Rongu_vallavalitsus, lk 10
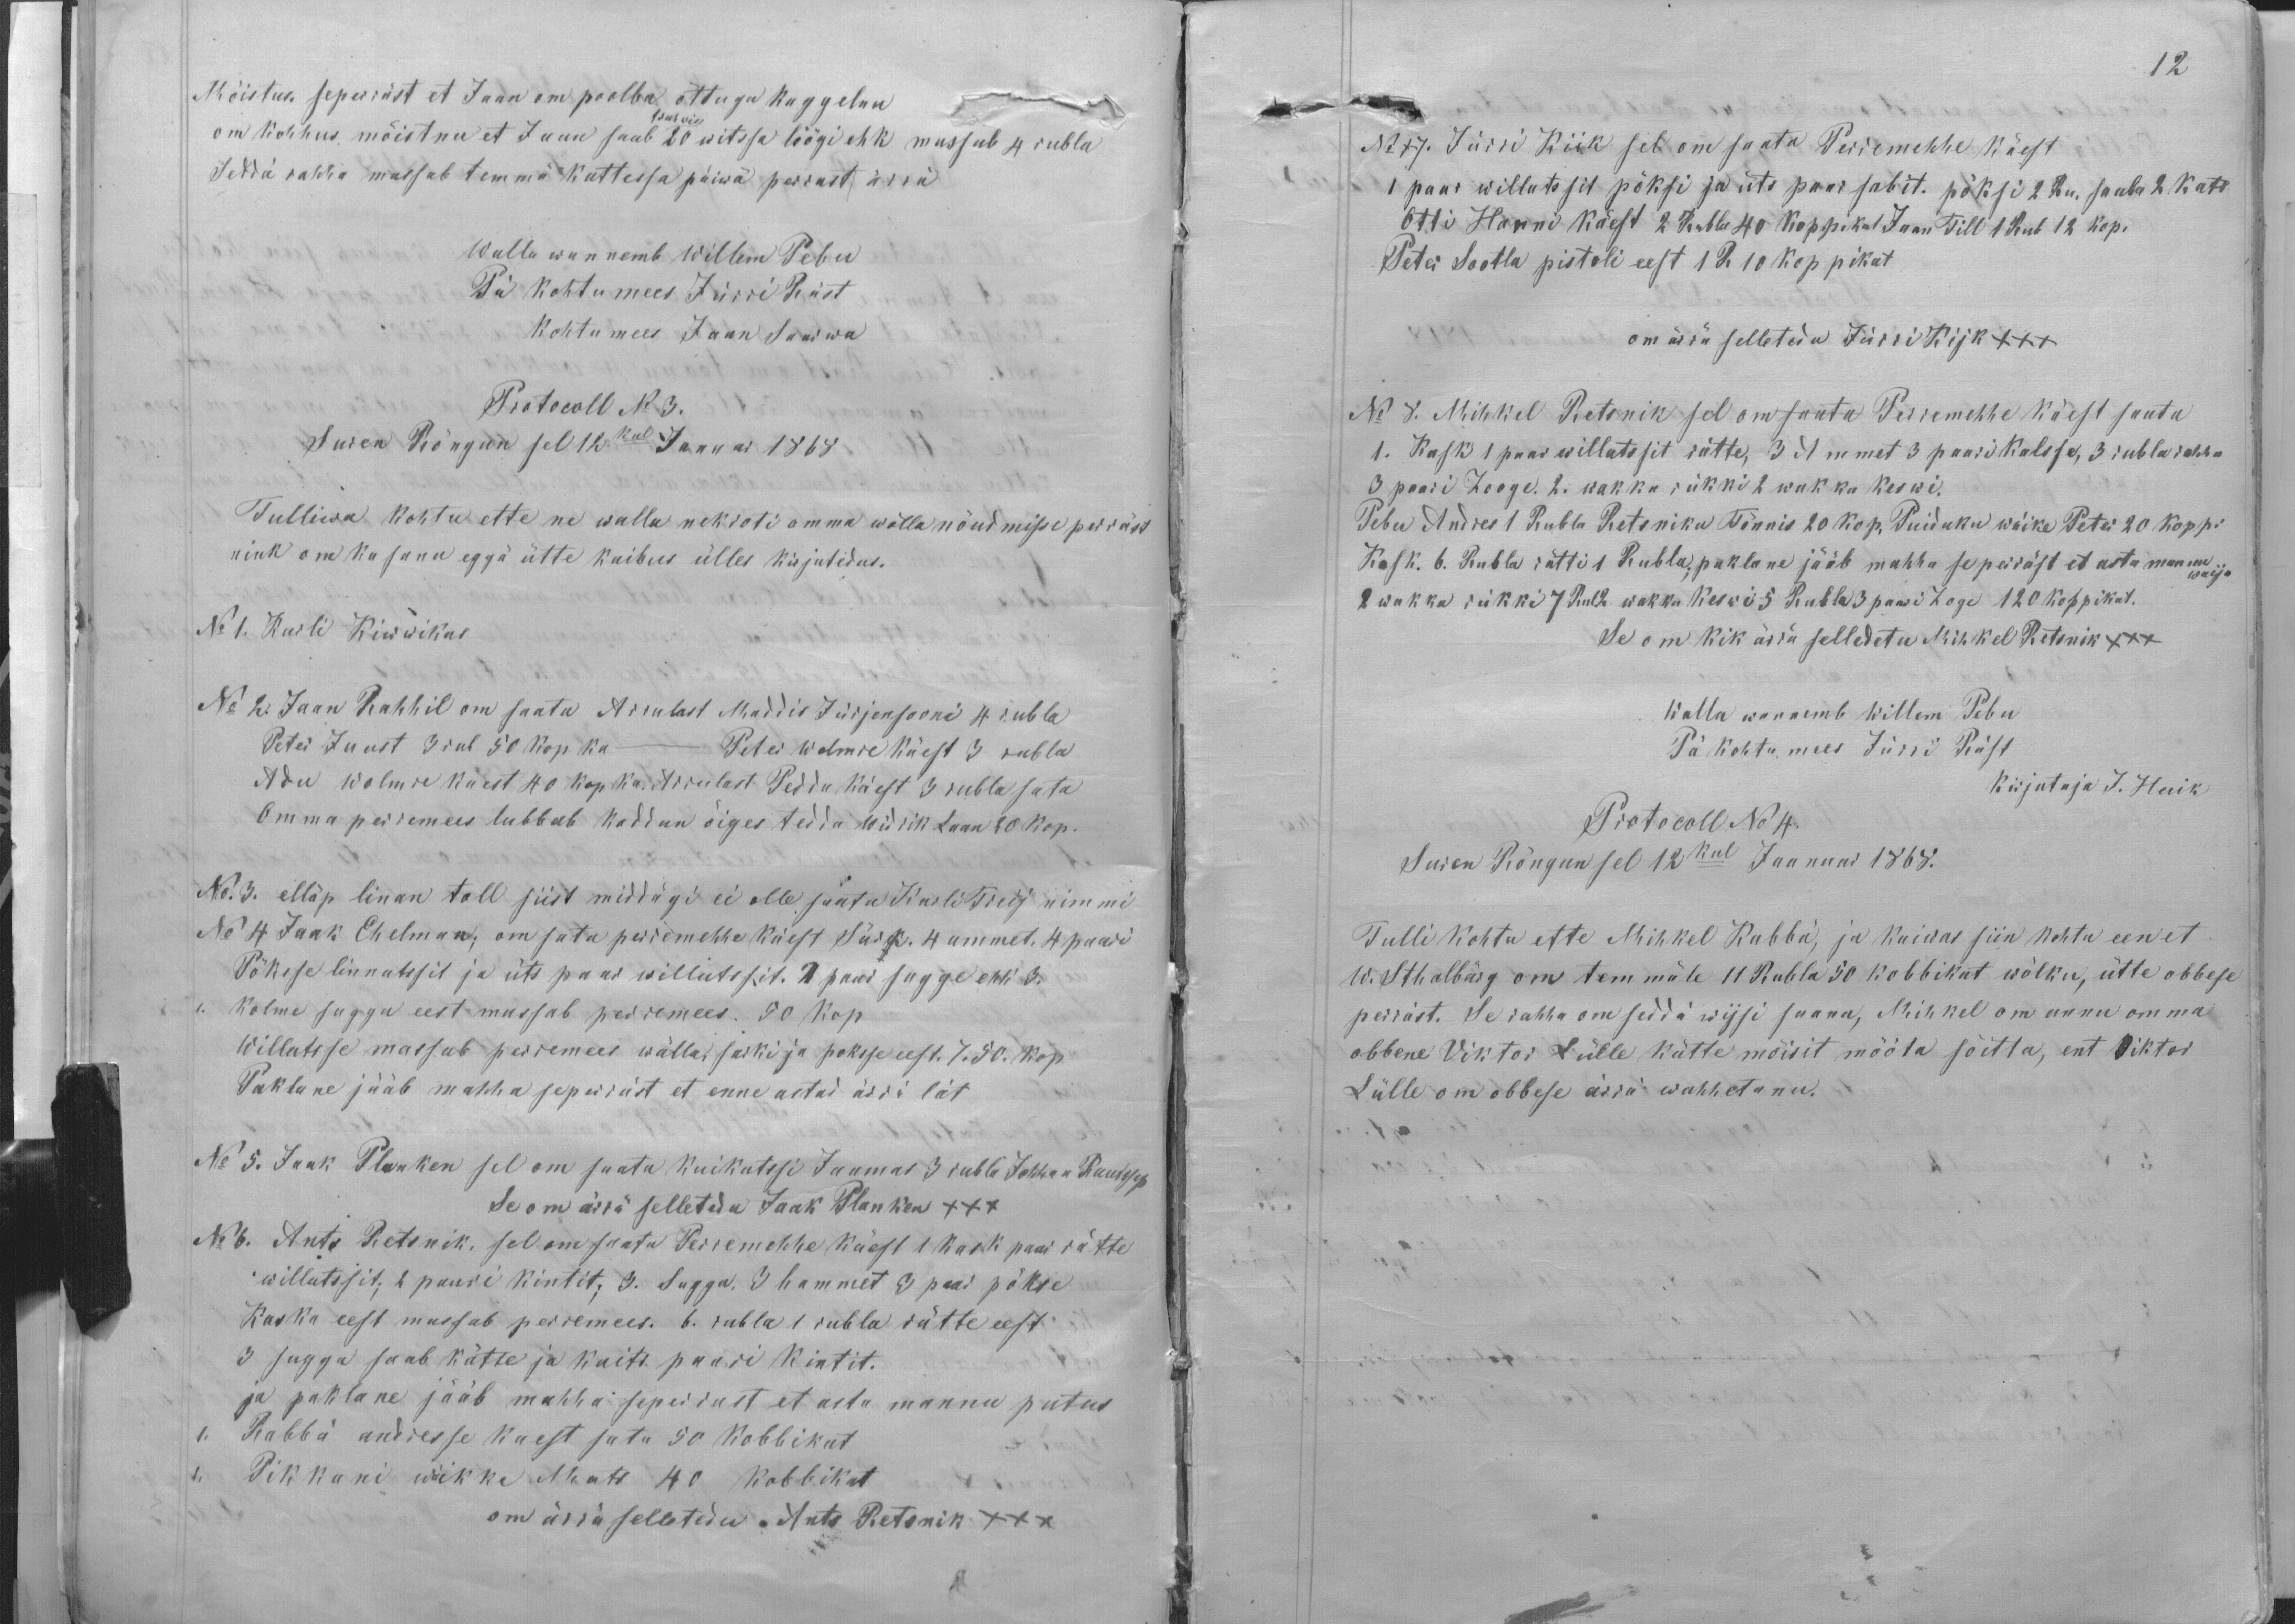
Mõistus. seperräst et Jaan om poolba õttagu kaggelnu
trahwis
om kohhus mõistnu et Jaan saab 20 witssa löögi ehk massab 4 rubla
Seddä rahha massab temma kattessa päiwa perrast ärrä
Walla wannemb Willem Pebu
Pä kohtumees Jürri Räst
Kohtu mees Jaan Saarwa
Protokoll No 3.
Suren Rõngun sel 12kul Januar 1868
Tulliwa kohtu ette ne walla nekroti omma wõlla nõudmisse perräst
nink om ka sanu eggä ütte kaibus ülles kirjutedus.
No 1. Karli Kiwwikas
No 2. Jaan Rahhil om saata Arrulast Maddis Jürjensooni 4 rubla
Peter Juust 3 rub 50 kop ka - Peter Wolmre käest 3 rubla
Adu Wolmre kaest 40 kop ka. Arrulast Peddu käest 3 rubla sata
Omma perremees lubbab koddun õiges tedda Widrik Laan 20 kop.
No. 3. elläp linan tall siist middägi ei olle saata Karli Treij nimmi
No 4 Jaak Ehelman; om sata perremehhe käest Särk. 4 ammet, 4 paari
Pöksse linnatssit ja üts paar willatssit. 1 paar sugge ehk 3.
1. kolme suggu eest massab perremees. 50 kop
Willatsse massab perremees wälla, sarki ja poksse eest. 7.50. kop.
Paklane jääb mahha seperräst et enne astad ärrä lät
No 5. Jaak Planken sel om saata Kuikatssi Jaamas 3 rubla Johhan Rautssep
Se om ärra selletedu Jaak Planken XXX
Nr 6. Ants Retsnik, sel om saata Perremehhe käest 1 kask paar rätte
willatssit; 2 paari kintit; 3. Sugga. 3 hammet 3 paar pökse
Kaska eest massab perremees. 6. rubla 1 rubla rätte eest
3 sugga saab kätte ja kaits paari kintit.
ja paklane jääb mahha seperrast et asta mannu putus
1. Rabbä andresse kaest sata 50 kobbikat
2. Pikkani wäikke Mats 40 kobbikat
om ärra selletedu. Ants Retsnik XXX

12
No 17. Jürri Kiik sel on saata Perremehhe käest
1 paar willatsit pöksi ja üts paar sabit. pöksi 2 Ru. saaba 2 kats
Otti Hanni käest 2 Rubla 40 koppikat Jaan Till 1 Rub 12 kop.
Peter Sootla pistoli eest 1 R 10 koppikat
om ärrä selletedu Jürri Kijk XXX
No 8. Mihkel Retsnik sel on saata Perremehhe käest saata
1. Kask 1 paar willatssit rätte, 3 Ammet 3 paari kalsse, 3 rubla rahha
3 paari Zooge. 2. wakka rükki 2 wakka keswi.
Pebu Andres 1 Rubla Retsniku Tõnnis 20 kop. Puidaku wäike Peter 20 koppi
Kask. 6. Rubla rätti 1 Rubla; paklane jääb mahha se perräst et asta mannu
waija
2 wakka rükki 7 Rubla 2 wakka keswi 5 Rubla 3 paari 2 Zoge 120 koppikat.
Se on kik ärrä selledetu Mihkel Retsnik XXX
Walla wannemb Willem Pebu
Pä kohtu mees Jürri Räst
Kirjutaja J. Huik
Protocoll No 4.
Suren Rõngun sel 12kul Jaanuar 1868.
Tulli kohtu ette Mihkel Rabbä, ja kaiwas siin kohtu een et
W. Sthalbärg om temmäle 11 Rubla 50 kobbikat wõlku, ütte obbese
perräst. Se rahha om seddä wijsi saanu, Mihkel om annu omma
obbene Viktor Lülle kätte mõisit mööta sõitta, ent Viktor
Lülle om obbese ärrä wahhetanu.